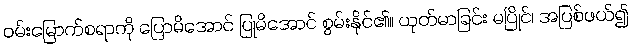
ဝမ်းမြောက်စရာကို ပြောမိအောင် ပြုမိအောင် စွမ်းနိုင်၏။ ယုတ်မာခြင်း မပြိုင်၊ အပြစ်ဖယ်၍